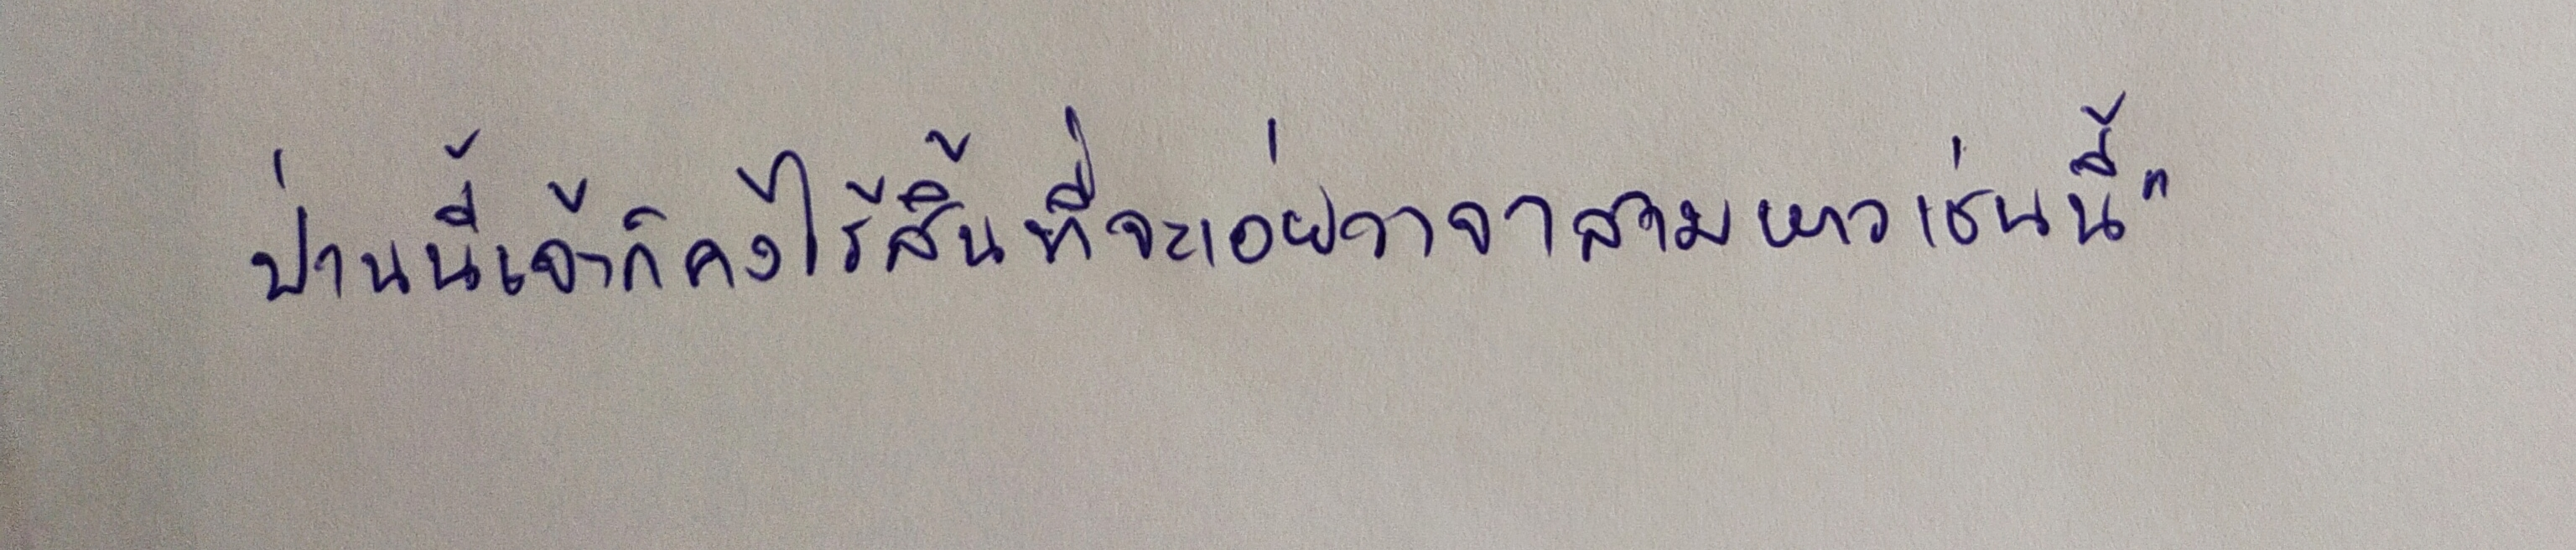
ป่านนี้เจ้าก็คงไร้สิ้นที่จะเอ่ยวาจาสามหาวเช่นนี้"